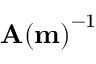
{ \mathbf { A } ( \mathbf { m } ) } ^ { - 1 }